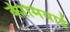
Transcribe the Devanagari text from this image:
कीमियाई